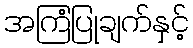
အကြံပြုချက်နှင့်